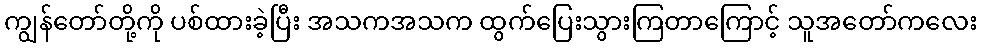
ကျွန်တော်တို့ကို ပစ်ထားခဲ့ပြီး အသကအသက ထွက်ပြေးသွားကြတာကြောင့် သူအတော်ကလေး